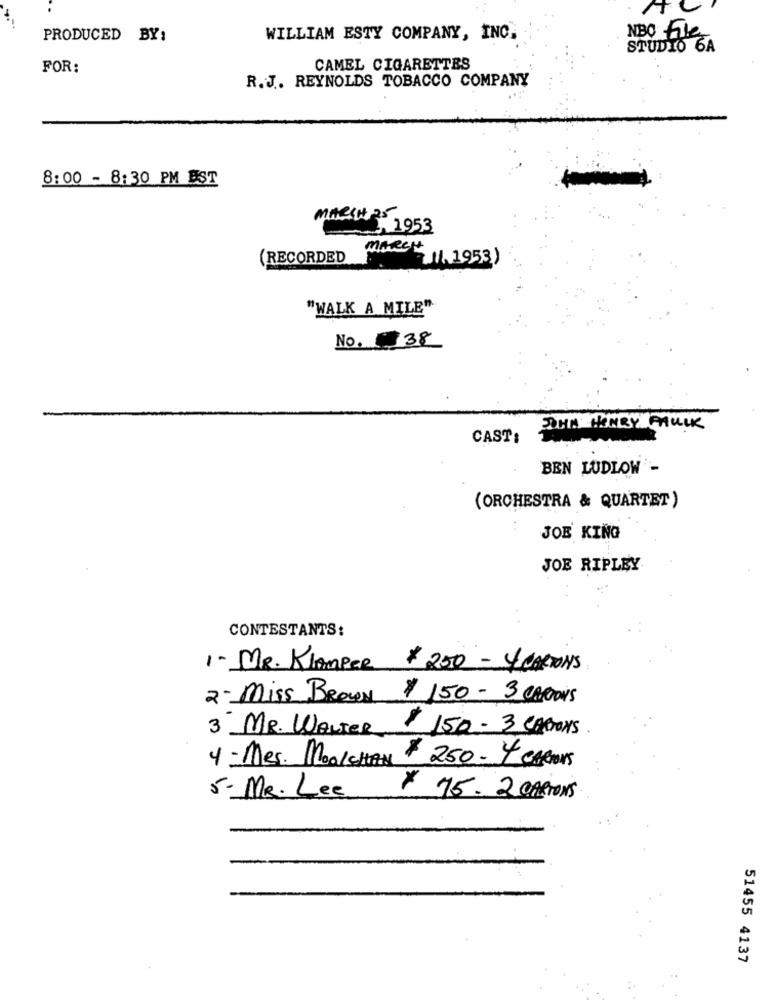
PRODUCED BY:
WILLIAM ESTY COMPANY, INC.
NBO File
STUDIO 6A
FOR:
CAMEL CIGARETTES
R.J. REYNOLDS TOBACCO COMPANY
8:00 - 8:30 PM EST
MARCH 2510
1953
(RECORDED
MARCH
11. 1953)
"WALK A MILE"
No. 38
JOHN HENRY MULK
CAST:
BEN LUDLOW -
(ORCHESTRA & QUARTET)
JOE KING
JOE RIPLEY
CONTESTANTS:
1 - MR. KlampeR $ 250 - 4 CARTONS
2 - Miss Brown $ 150 - 3 CARTONS
3 MR. WALTER
$ 150 - 3 CARTONS
4 - Mes. Mookchan $ 250 - 4 CARTONS
5- MR. Lee
x 75. 2 CARTONS
51455 4137